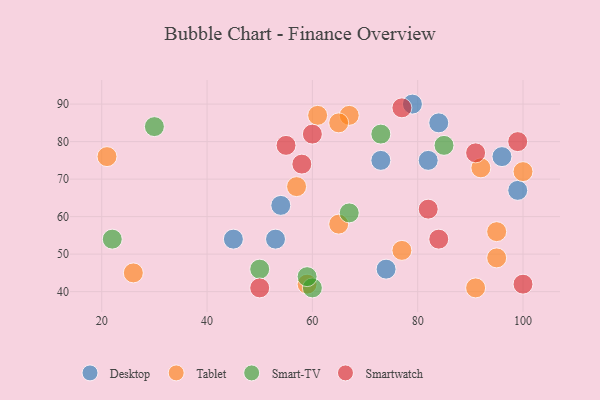
{"axis": {"x": "GDP", "y": "Life Expectancy"}, "legend": ["Desktop", "Smart-TV", "Smartwatch", "Tablet"], "data": [{"x": "74", "y": 46, "type": "Desktop"}, {"x": "54", "y": 63, "type": "Desktop"}, {"x": "82", "y": 75, "type": "Desktop"}, {"x": "79", "y": 90, "type": "Desktop"}, {"x": "84", "y": 85, "type": "Desktop"}, {"x": "99", "y": 67, "type": "Desktop"}, {"x": "96", "y": 76, "type": "Desktop"}, {"x": "45", "y": 54, "type": "Desktop"}, {"x": "53", "y": 54, "type": "Desktop"}, {"x": "73", "y": 75, "type": "Desktop"}, {"x": "67", "y": 87, "type": "Tablet"}, {"x": "61", "y": 87, "type": "Tablet"}, {"x": "91", "y": 41, "type": "Tablet"}, {"x": "65", "y": 58, "type": "Tablet"}, {"x": "92", "y": 73, "type": "Tablet"}, {"x": "95", "y": 49, "type": "Tablet"}, {"x": "21", "y": 76, "type": "Tablet"}, {"x": "65", "y": 85, "type": "Tablet"}, {"x": "100", "y": 72, "type": "Tablet"}, {"x": "95", "y": 56, "type": "Tablet"}, {"x": "57", "y": 68, "type": "Tablet"}, {"x": "26", "y": 45, "type": "Tablet"}, {"x": "77", "y": 51, "type": "Tablet"}, {"x": "59", "y": 42, "type": "Tablet"}, {"x": "60", "y": 41, "type": "Smart-TV"}, {"x": "59", "y": 44, "type": "Smart-TV"}, {"x": "73", "y": 82, "type": "Smart-TV"}, {"x": "30", "y": 84, "type": "Smart-TV"}, {"x": "67", "y": 61, "type": "Smart-TV"}, {"x": "22", "y": 54, "type": "Smart-TV"}, {"x": "50", "y": 46, "type": "Smart-TV"}, {"x": "85", "y": 79, "type": "Smart-TV"}, {"x": "100", "y": 42, "type": "Smartwatch"}, {"x": "77", "y": 89, "type": "Smartwatch"}, {"x": "60", "y": 82, "type": "Smartwatch"}, {"x": "91", "y": 77, "type": "Smartwatch"}, {"x": "99", "y": 80, "type": "Smartwatch"}, {"x": "58", "y": 74, "type": "Smartwatch"}, {"x": "50", "y": 41, "type": "Smartwatch"}, {"x": "55", "y": 79, "type": "Smartwatch"}, {"x": "82", "y": 62, "type": "Smartwatch"}, {"x": "84", "y": 54, "type": "Smartwatch"}]}